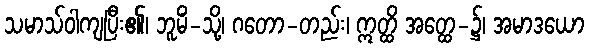
သမာသ်ဝါကျပြီး၏၊ ဘူမိံ-သို့၊ ဂတော-တည်း၊ ဣတ္ထိ အတ္ထေ-၌၊ အမာဒယော